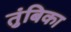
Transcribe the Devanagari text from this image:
तुंबिका